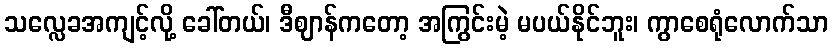
သလ္လေခအကျင့်လို့ ခေါ်တယ်၊ ဒီဈာန်ကတော့ အကြွင်းမဲ့ မပယ်နိုင်ဘူး၊ ကွာစေရုံလောက်သာ